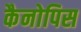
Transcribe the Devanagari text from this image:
कैनोपिस